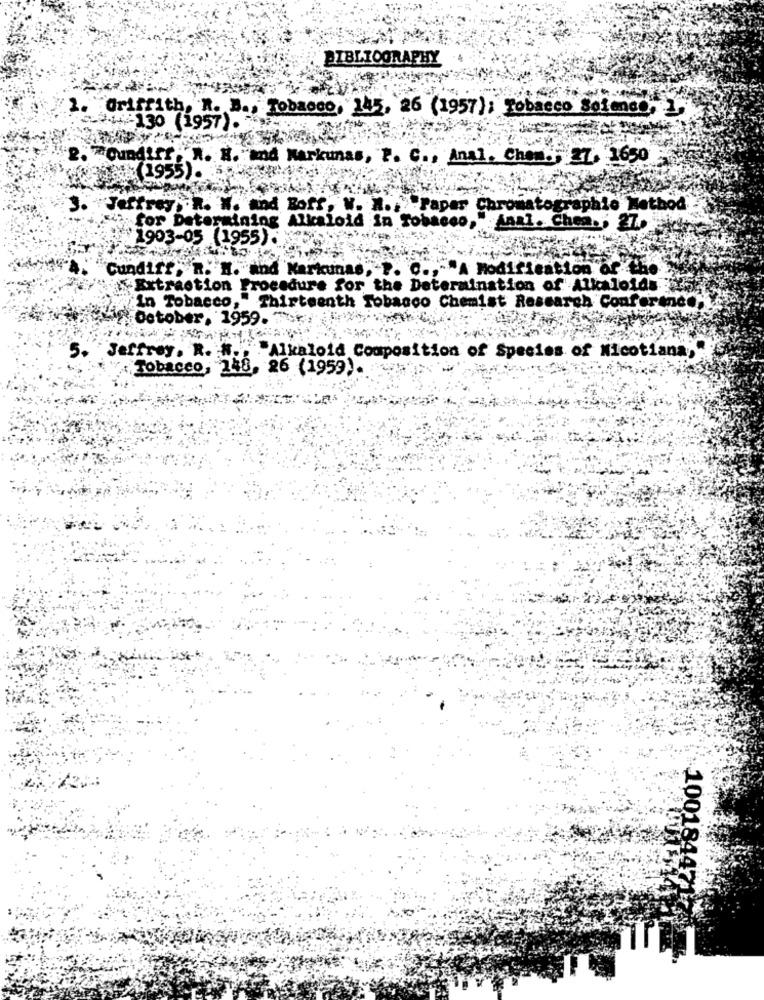
BIBLIOGRAPHY
Griffi
A. M ., Tobacco, 145, 26 (1957): Tobacco Sofmeg, L
.14 -130 (1957).
TOundiff, R. H. and Markunas, T. C ., Anal. Chem ., 27. 1650
(1955).
Jeffrey, R. W. and Boff, N. M .. "Paper Chromatographie Method
for Determining Alkaloid in Tobacco,
Anal. Chea .: 27
1903-05 (1955)
Cundiff. R. M. and Karkunas, P. C .,- "A Modification of the
Extraction Procedure for the Determination of Alkaloids
"In Tobacco,"
Thirteenth Tobanco Chemist Research Conference
in October. 1959.
Jeffrey. R.
"Alkaloid Composition of Species of Nicotiana,
Tobacco,
150, 26 (1959).
10018447